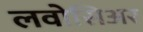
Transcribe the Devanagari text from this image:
लवोसिअर